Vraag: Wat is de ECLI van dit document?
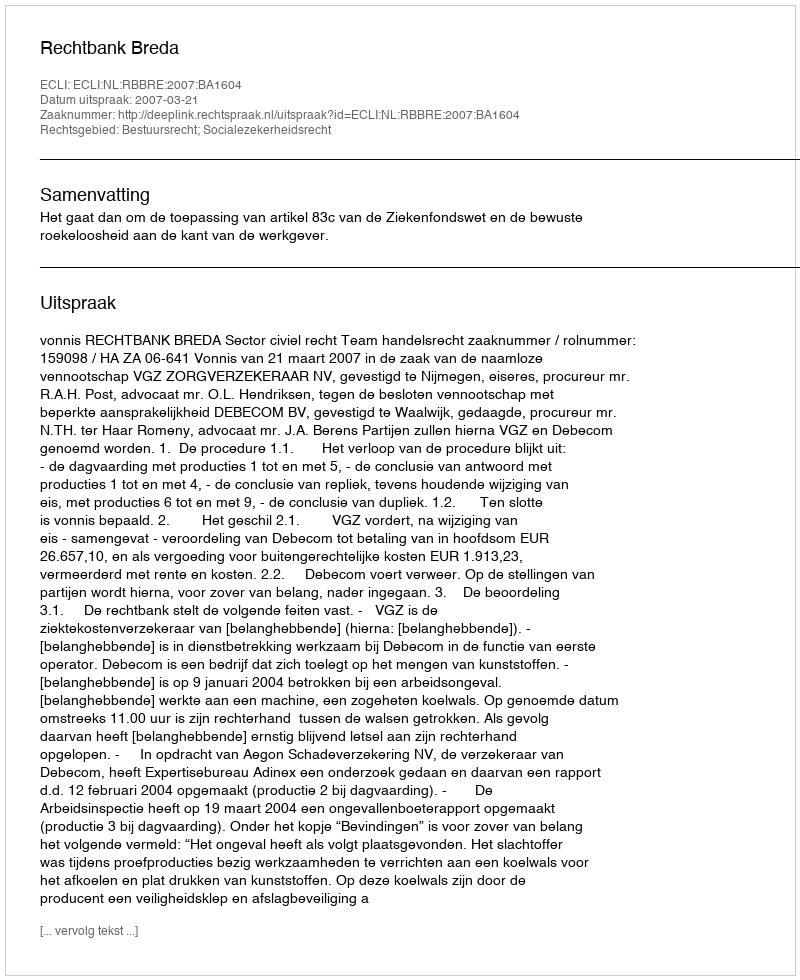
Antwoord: ECLI:NL:RBBRE:2007:BA1604